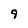
Character: 9